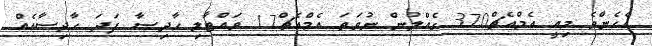
އެހެންވެ މިއީ އެމްއެޗް370 ގެއްލުން ނުވަތަ އެމްއެޗް17 ވައްޓާލި ހާދިސާ ފަދަ ހާދިސާއެއް